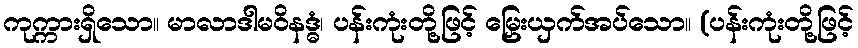
ကုက္ကားရှိသော။ မာလာဒါမဝိနဒ္ဓံ၊ ပန်းကုံးတို့ဖြင့် မြှေးယှက်အပ်သော။ (ပန်းကုံးတို့ဖြင့်